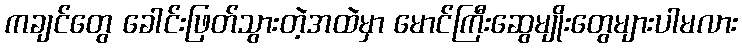
ကချင်တွေ ခေါင်းဖြတ်သွားတဲ့အထဲမှာ မောင်ကြီးဆွေမျိုးတွေများပါမလား